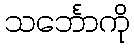
သင်္ဘောကို